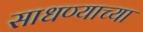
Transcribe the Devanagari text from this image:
साधण्याच्या